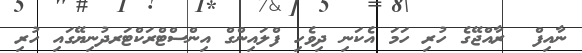
ނާއިފް  ރާއްޖޭގެ ހުރި ހަމަ އެކަނި ދިވެހި ފްލައިންގް އިންސްޓްރަކްޓަރދުނިޔޭގައި ހުރި